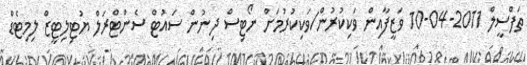
ތަފްސީލް 2011-04-10 ވަޒީފާއިން ވަކިކުރުން/ވަކިކުރުމަށް ނޯޓިސް ދިނުން ސައުޓް ސެންޓްރަލް ޔުޓިލިޓީޒް ލިމިޓެޑް